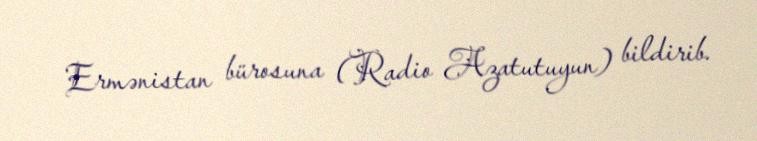
Ermənistan bürosuna (Radio Azatutuyun) bildirib.